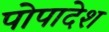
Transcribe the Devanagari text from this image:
पोपादेश